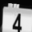
Digit: 4